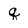
Character: q